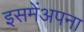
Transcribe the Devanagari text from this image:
इसमेंअपना